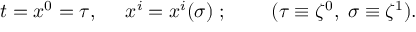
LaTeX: t = x ^ { 0 } = \tau , \; \; \; \; \; x ^ { i } = x ^ { i } ( \sigma ) { \; } ; \; \; \; \; \; \; \; \; ( \tau \equiv \zeta ^ { 0 } , \; \sigma \equiv \zeta ^ { 1 } ) .